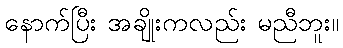
နောက်ပြီး အချိုးကလည်း မညီဘူး။